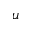
u